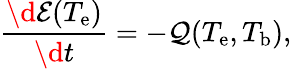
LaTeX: \frac{\d\mathcal{E}(T_{\mathrm{e}})}{\d t}=-\mathcal{Q}(T_{\mathrm{e}},T_{\mathrm{b}}),